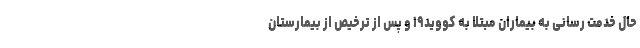
حال خدمت رسانی به بیماران مبتلا به کووید۱۹ و پس از ترخیص از بیمارستان